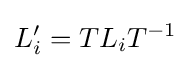
\displaystyle {L_{i}^{\prime }=TL_{i}T^{-1}}